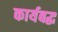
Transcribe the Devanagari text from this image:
कार्यबद्ध